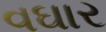
વઘાર